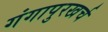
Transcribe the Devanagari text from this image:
गंगापुरखर्च